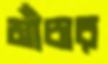
মাঁচার